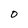
Character: O